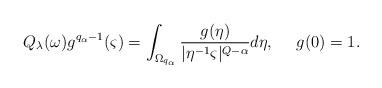
LaTeX: \begin{align*} Q_\lambda(\omega) g^{q_\alpha-1}(\varsigma)= \int_{\Omega_{q_\alpha}} \frac {g(\eta)}{|\eta^{-1}\varsigma|^{Q-\alpha}} d\eta, \ \ \ \ g(0)=1.\end{align*}